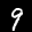
Label: 9